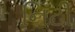
નિટી